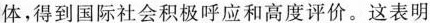
体，得到国际社会积极呼应和高度评价。这表明